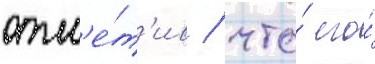
отм'е́т'ив / что́ его́